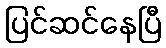
ပြင်ဆင်နေပြီ